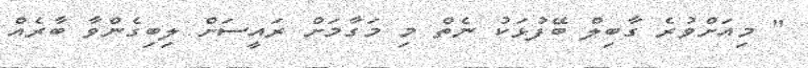
" މިއަށްވުރެ ގާބިލް ބޭފުޅަކު ނެތް މި މަގާމަށް ރައީސަށް ލިބިގެންވާ ބާރެއް